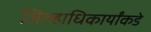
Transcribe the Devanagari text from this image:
जिल्हाधिकार्यांकडे